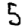
Digit: 5